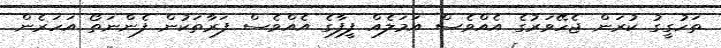
ތަހުގީގު ކުރަން ޖެހޭވަރުގެ އެއްވެސް އަމަލެއް ފީފާގެ އެއްވެސް ފަރާތަކުން ފެންނަތޯ އަހަރެން